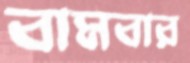
বামবার